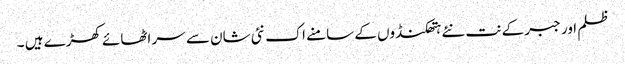
ظلم اور جبر کے نت نئے ہتھکنڈوں کے سامنے اک نئی شان سے سر اٹھائے کھڑے ہیں ۔